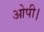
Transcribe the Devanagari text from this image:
ओपी।